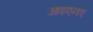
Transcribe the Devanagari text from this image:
आइएनए